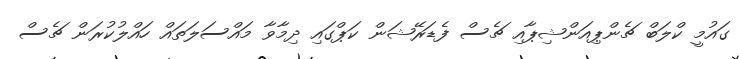
ގައުމީ ކްލަބް ޗެންޕިއަންޝިޕާއި ޗެސް ފެޑަރޭޝަން ކަޕްގައި ދިމާވާ މައްސަލަތައް ހައްލުކުރަން ޗެސް